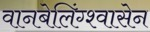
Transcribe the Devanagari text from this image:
वानबेलिंग्श्वासेन